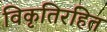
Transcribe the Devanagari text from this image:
विकृतिरहित